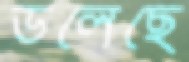
ডলেছে